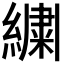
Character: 𬗷